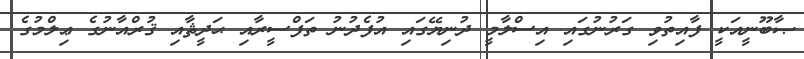
ޞާބޫނީއަކީ ފާއިތުވި ގަރުނުގައި އިސްްލާމީ ދުނިޔޭގައި އުފެދުނު ތަފްސީރާއި ޙަދީޘާއި ޤުރްއާނުގެ ޢިލްމުގެ